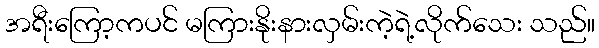
အရီးကြော့ကပင် မကြားနိုးနားလှမ်းကဲ့ရဲ့လိုက်သေး သည်။